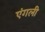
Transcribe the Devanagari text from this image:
एंगली